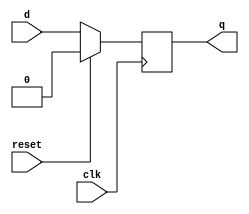
//==============================================================================
//      Version:        $Revision$
//==============================================================================

//==============================================================================
//      Section:        License
//==============================================================================
//      Copyright (c) 2011, Regents of the University of California
//      All rights reserved.
//
//      Redistribution and use in source and binary forms, with or without modification,
//      are permitted provided that the following conditions are met:
//
//              - Redistributions of source code must retain the above copyright notice,
//                      this list of conditions and the following disclaimer.
//              - Redistributions in binary form must reproduce the above copyright
//                      notice, this list of conditions and the following disclaimer
//                      in the documentation and/or other materials provided with the
//                      distribution.
//              - Neither the name of the University of California, Santa Cruz nor the
//                      names of its contributors may be used to endorse or promote
//                      products derived from this software without specific prior
//                      written permission.
//
//      THIS SOFTWARE IS PROVIDED BY THE COPYRIGHT HOLDERS AND CONTRIBUTORS "AS IS" AND
//      ANY EXPRESS OR IMPLIED WARRANTIES, INCLUDING, BUT NOT LIMITED TO, THE IMPLIED
//      WARRANTIES OF MERCHANTABILITY AND FITNESS FOR A PARTICULAR PURPOSE ARE
//      DISCLAIMED. IN NO EVENT SHALL THE COPYRIGHT OWNER OR CONTRIBUTORS BE LIABLE FOR
//      ANY DIRECT, INDIRECT, INCIDENTAL, SPECIAL, EXEMPLARY, OR CONSEQUENTIAL DAMAGES
//      (INCLUDING, BUT NOT LIMITED TO, PROCUREMENT OF SUBSTITUTE GOODS OR SERVICES;
//      LOSS OF USE, DATA, OR PROFITS; OR BUSINESS INTERRUPTION) HOWEVER CAUSED AND ON
//      ANY THEORY OF LIABILITY, WHETHER IN CONTRACT, STRICT LIABILITY, OR TORT
//      (INCLUDING NEGLIGENCE OR OTHERWISE) ARISING IN ANY WAY OUT OF THE USE OF THIS
//      SOFTWARE, EVEN IF ADVISED OF THE POSSIBILITY OF SUCH DAMAGE.
//==============================================================================
/****************************************************************************
 * flop.v
 ****************************************************************************/

module flop
		#(parameter Bits=1)
		(
		input clk,
		input reset,
		input [Bits-1:0] d,
		output reg [Bits-1:0] q
		);

always @(posedge clk) begin
	if (reset)
		q <= 0;
	else
		q <= d;
end

endmodule